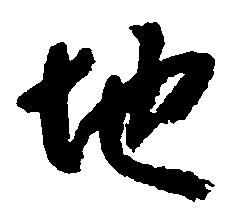
地